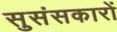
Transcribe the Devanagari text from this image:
सुसंसकारों